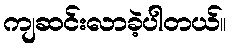
ကျဆင်းလာခဲ့ပါတယ်။